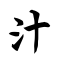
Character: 汁